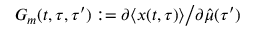
G _ { m } ( t , \tau , \tau ^ { \prime } ) : = \partial \langle x ( t , \tau ) \rangle \big / \partial \hat { \mu } ( \tau ^ { \prime } )